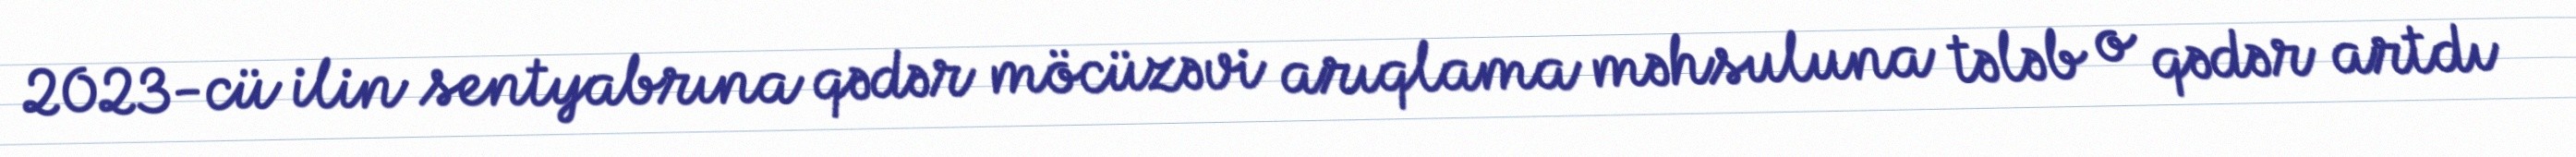
2023-cü ilin sentyabrına qədər möcüzəvi arıqlama məhsuluna tələb o qədər artdı